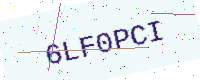
Text: 6LF0PCI